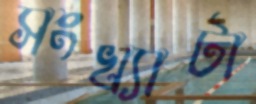
সংখ্যাটা